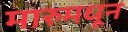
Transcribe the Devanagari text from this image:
मारुमधून